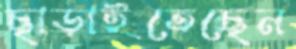
ছাড়াইতেছেন